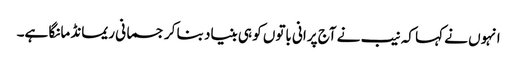
انہوں نے کہا کہ نیب نے آج پرانی باتوں کو ہی بنیاد بنا کر جسمانی ریمانڈ مانگا ہے۔